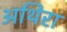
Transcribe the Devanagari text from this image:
अथिरा